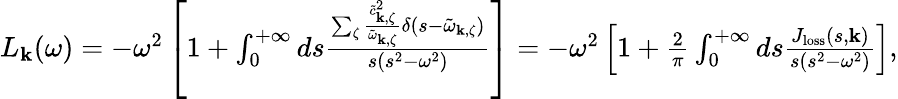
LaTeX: \begin{array}{r}{L_{\mathbf{k}}(\omega)=-\omega^{2}\left[1+\int_{0}^{+\infty}ds\frac{\sum_{\zeta}\frac{\tilde{c}_{\mathbf{k},\zeta}^{2}}{\tilde{\omega}_{\mathbf{k},\zeta}}\delta(s-\tilde{\omega}_{\mathbf{k},\zeta})}{s(s^{2}-\omega^{2})}\right]=-\omega^{2}\left[1+\frac{2}{\pi}\int_{0}^{+\infty}ds\frac{J_{\mathrm{loss}}(s,\mathbf{k})}{s(s^{2}-\omega^{2})}\right],}\end{array}